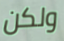
ولكن